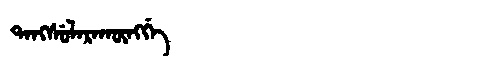
Manchu: ᡨᠠᠩᠰᡠᠯᠠᡵᠠᡴᡡᠩᡤᡝ
Romanization: TANGSULARAKŪNGGE